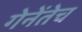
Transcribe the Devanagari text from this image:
गेनेंतेच